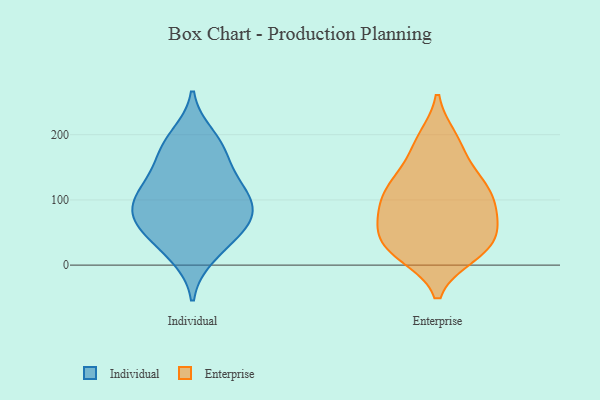
{"axis": {"x": "Churn Rate (%)", "y": "Value"}, "legend": ["Enterprise", "Individual"], "data": [{"x": "", "y": 173, "type": "Individual"}, {"x": "", "y": 198, "type": "Individual"}, {"x": "", "y": 58, "type": "Individual"}, {"x": "", "y": 151, "type": "Individual"}, {"x": "", "y": 67, "type": "Individual"}, {"x": "", "y": 81, "type": "Individual"}, {"x": "", "y": 109, "type": "Individual"}, {"x": "", "y": 14, "type": "Individual"}, {"x": "", "y": 114, "type": "Individual"}, {"x": "", "y": 28, "type": "Individual"}, {"x": "", "y": 70, "type": "Individual"}, {"x": "", "y": 182, "type": "Individual"}, {"x": "", "y": 64, "type": "Individual"}, {"x": "", "y": 106, "type": "Individual"}, {"x": "", "y": 117, "type": "Individual"}, {"x": "", "y": 134, "type": "Enterprise"}, {"x": "", "y": 16, "type": "Enterprise"}, {"x": "", "y": 125, "type": "Enterprise"}, {"x": "", "y": 71, "type": "Enterprise"}, {"x": "", "y": 109, "type": "Enterprise"}, {"x": "", "y": 26, "type": "Enterprise"}, {"x": "", "y": 36, "type": "Enterprise"}, {"x": "", "y": 59, "type": "Enterprise"}, {"x": "", "y": 81, "type": "Enterprise"}, {"x": "", "y": 192, "type": "Enterprise"}, {"x": "", "y": 92, "type": "Enterprise"}, {"x": "", "y": 166, "type": "Enterprise"}, {"x": "", "y": 116, "type": "Enterprise"}, {"x": "", "y": 25, "type": "Enterprise"}, {"x": "", "y": 42, "type": "Enterprise"}, {"x": "", "y": 17, "type": "Enterprise"}, {"x": "", "y": 194, "type": "Enterprise"}, {"x": "", "y": 116, "type": "Enterprise"}, {"x": "", "y": 69, "type": "Enterprise"}]}